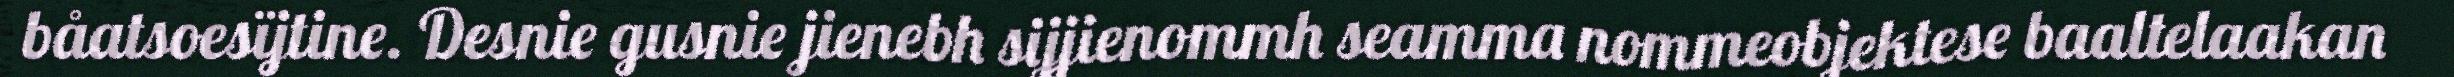
båatsoesïjtine. Desnie gusnie jienebh sijjienommh seamma nommeobjektese baaltelaakan